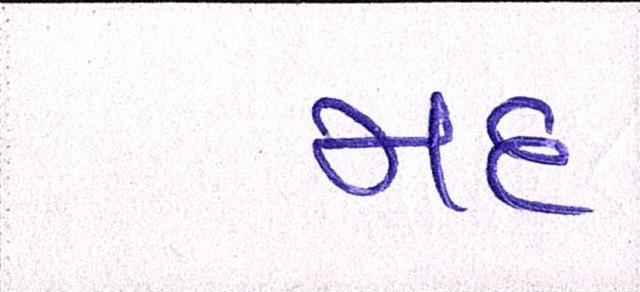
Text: મદ